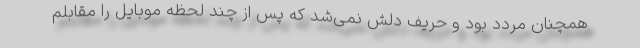
همچنان مردد بود و حریف دلش نمی‌شد که پس از چند لحظه موبایل را مقابلم